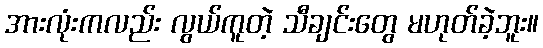
အားလုံးကလည်း လွယ်ကူတဲ့ သီချင်းတွေ မဟုတ်ခဲ့ဘူး။